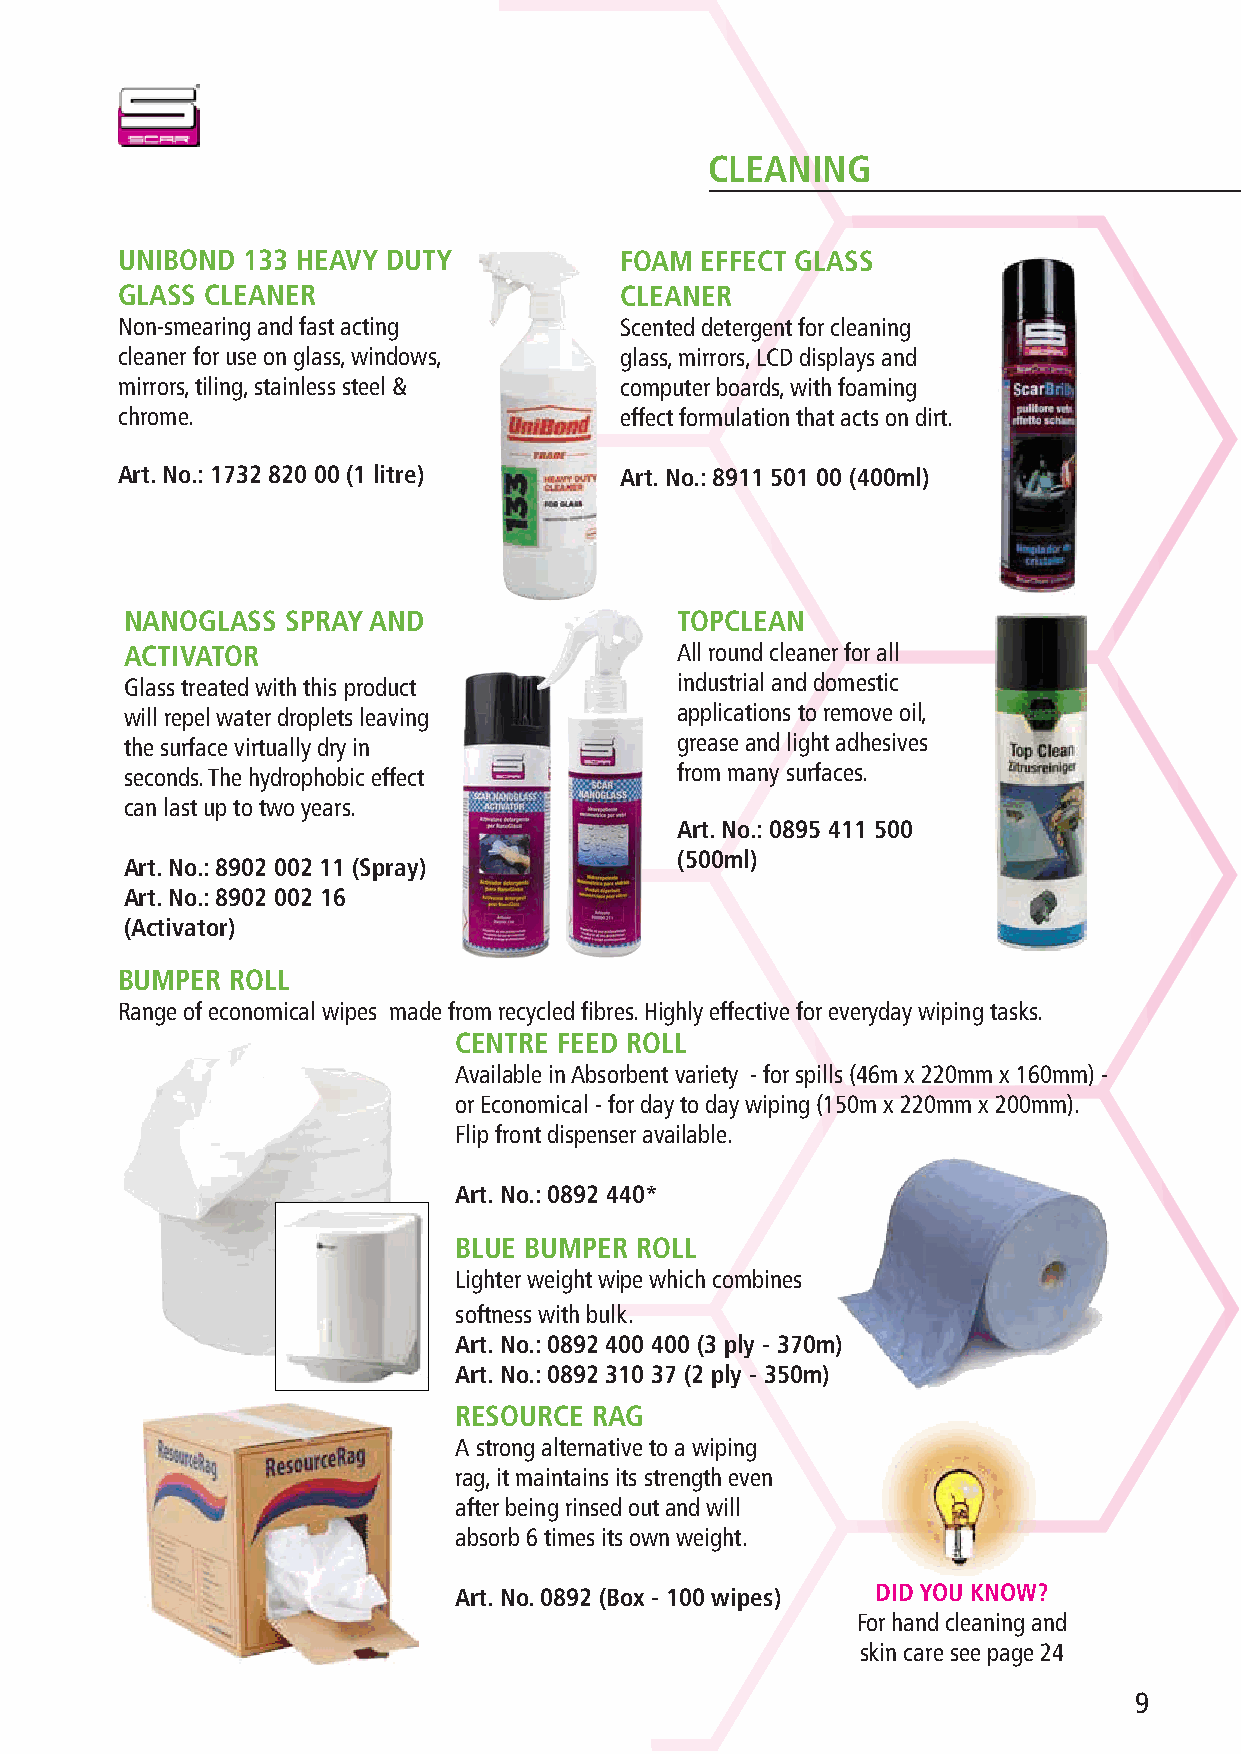
CLEANING
 UNIBOND 133 HEAVY DUTY           FOAM EFFECT GLASS
 GLASS CLEANER                    CLEANER
 Non-smearing and fast acting     Scented detergent for cleaning
 cleaner for use on glass, windows, glass, mirrors, LCD displays and
 mirrors, tiling, stainless steel & computer boards, with foaming
 chrome.                          effect formulation that acts on dirt.
 Art. No.: 1732 820 00 (1 litre)  Art. No.: 8911 501 00 (400ml)
 NANOGLASS  SPRAY AND                 TOPCLEAN
 ACTIVATOR                            All round cleaner for all
 Glass treated with this product      industrial and domestic
 will repel water droplets leaving    applications to remove oil,
 the surface virtually dry in         grease and light adhesives
 seconds. The hydrophobic effect      from many surfaces.
 can last up to two years.
 Art. No.: 0895 411 500
 (500ml)
 Art. No.: 8902 002 11 (Spray)
 Art. No.: 8902 002 16
 (Activator)
 BUMPER ROLL
 Range of economical wipes made from recycled fibres. Highly effective for everyday wiping tasks.
 CENTRE FEED ROLL
 Available in Absorbent variety - for spills (46m x 220mm x 160mm) -
 or Economical - for day to day wiping (150m x 220mm x 200mm).
 Flip front dispenser available.
 Art. No.: 0892 440*
 BLUE BUMPER ROLL
 Lighter weight wipe which combines
 softness with bulk.
 Art. No.: 0892 400 400 (3 ply - 370m)
 Art. No.: 0892 310 37 (2 ply - 350m)
 RESOURCE RAG
 A strong alternative to a wiping
 rag, it maintains its strength even
 after being rinsed out and will
 absorb 6 times its own weight.
 Art. No. 0892 (Box - 100 wipes) DID YOU KNOW?
 For hand cleaning and
 skin care see page 24
 9